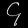
Digit: ၄